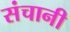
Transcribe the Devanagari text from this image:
संचानी